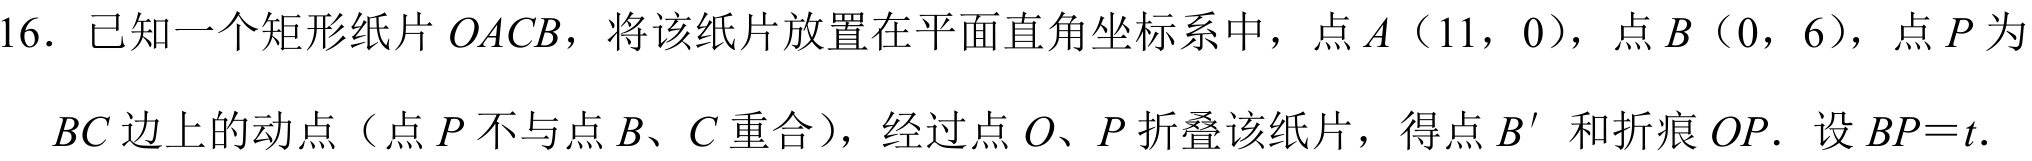
16. 已知一个矩形纸片 \(OACB\)，将该纸片放置在平面直角坐标系中，点 \(A\)（11，0），点 \(B\)（0，6），点 \(P\) 为 \(BC\) 边上的动点（点 \(P\) 不与点 \(B\)、\(C\) 重合），经过点 \(O\)、\(P\) 折叠该纸片，得点 \(B'\) 和折痕 \(OP\). 设 \(BP = t\).